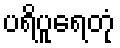
ပရိပူရေတုံ